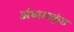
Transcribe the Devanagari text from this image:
अंधारकुंड